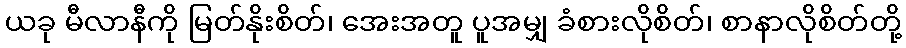
ယခု မီလာနီကို မြတ်နိုးစိတ်၊ အေးအတူ ပူအမျှ ခံစားလိုစိတ်၊ စာနာလိုစိတ်တို့